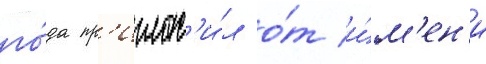
го́да пр'иглас'и́л о́т и́м'ен'и